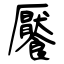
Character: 饜